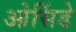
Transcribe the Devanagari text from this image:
ओसिंडे